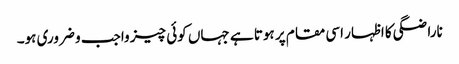
ناراضگی کا اظہار اسی مقام پر ہوتا ہے جہاں کوئی چیز واجب و ضروری ہو۔